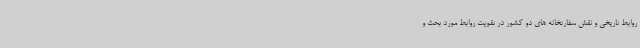
روابط تاریخی و نقش سفارتخانه های دو کشور در تقویت روابط مورد بحث و